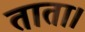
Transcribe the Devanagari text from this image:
ताता।